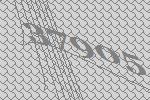
37905